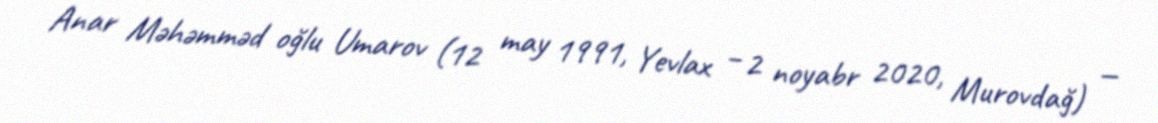
Anar Məhəmməd oğlu Umarov (12 may 1991, Yevlax – 2 noyabr 2020, Murovdağ) —